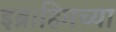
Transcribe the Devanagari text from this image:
इब्राहिमच्या